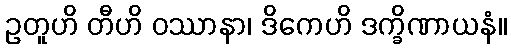
ဥတူဟိ တီဟိ ဝဿာနာ၊ ဒိကေဟိ ဒက္ခိဏာယနံ။